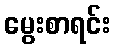
မွေးစာရင်း